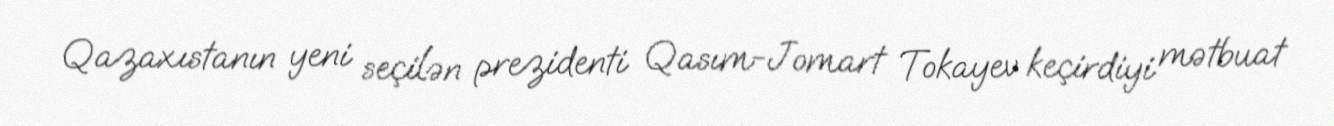
Qazaxıstanın yeni seçilən prezidenti Qasım-Jomart Tokayev keçirdiyi mətbuat